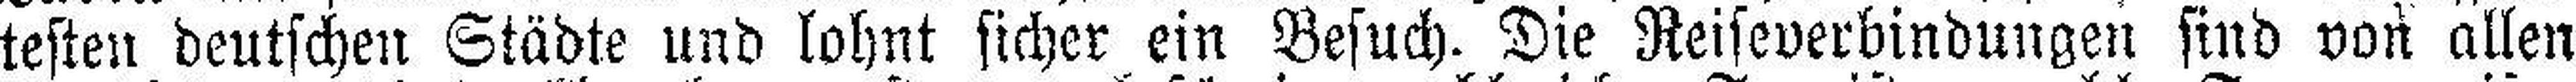
testen deutschen Städte und lohnt sicher ein Besuch. Die Reiseverbindungen sind von allen